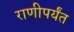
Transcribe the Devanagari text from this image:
राणीपर्यंत